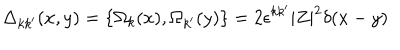
LaTeX: \Delta _ { k k ^ { \prime } } ( x , y ) = \{ \Omega _ { k } ( x ) , \Omega _ { k ^ { \prime } } ( y ) \} = 2 \epsilon ^ { k k ^ { \prime } } | Z | ^ { 2 } \delta ( x - y )